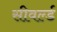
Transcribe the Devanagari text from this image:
सीवर्ल्ड